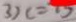
3 ) c = 1 5